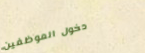
دخول الموظفين